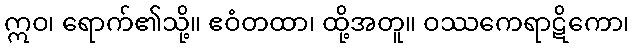
ဣဝ၊ ရောက်၏သို့။ ဧဝံတထာ၊ ထို့အတူ။ ဝဿကေရာဋိကော၊